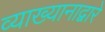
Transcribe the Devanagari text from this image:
व्याख्यानाद्वारे